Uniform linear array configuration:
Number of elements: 24
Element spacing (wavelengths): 0.25
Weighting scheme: kaiser
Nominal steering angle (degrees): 0
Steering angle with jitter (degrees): -1.68
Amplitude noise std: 0.05
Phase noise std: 0.05

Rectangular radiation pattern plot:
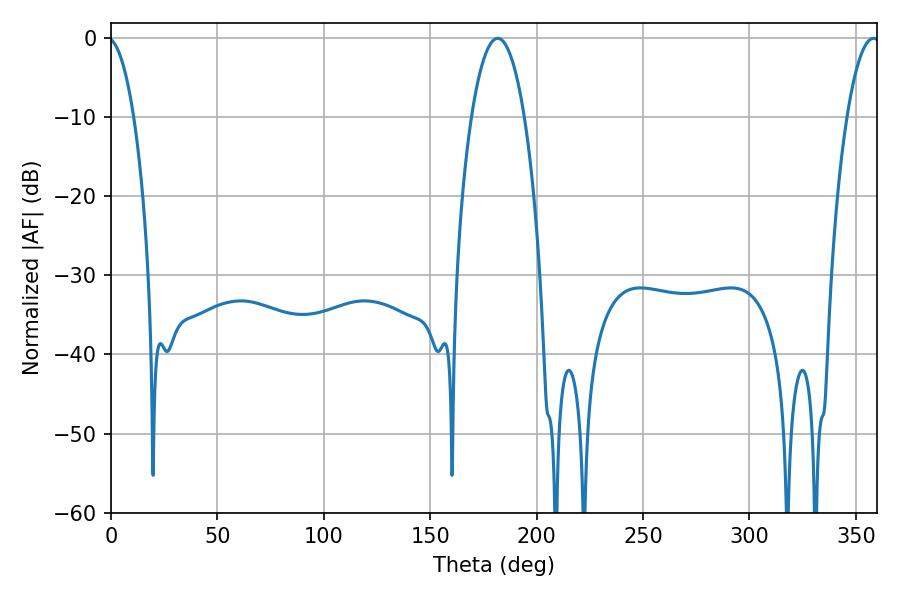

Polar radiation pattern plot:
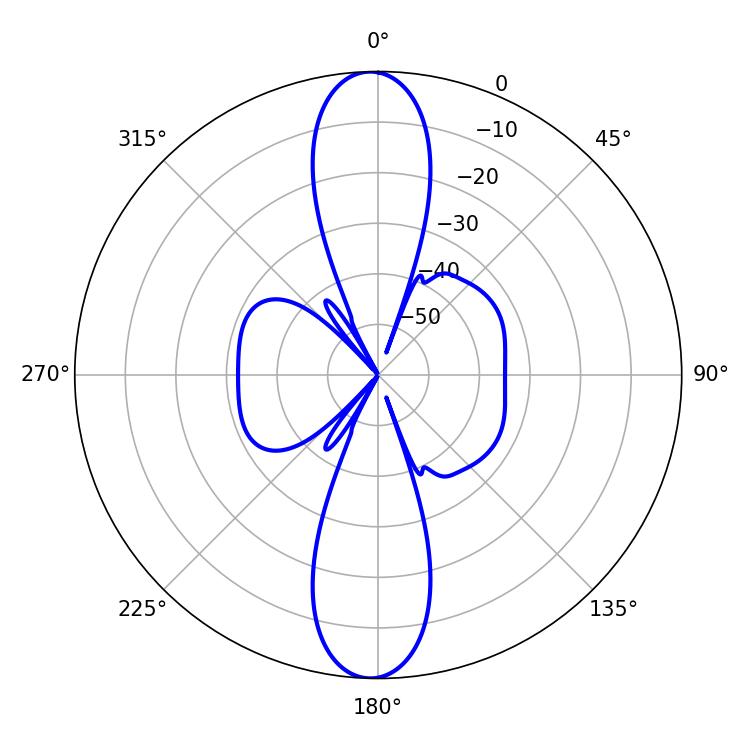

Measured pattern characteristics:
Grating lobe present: FALSE
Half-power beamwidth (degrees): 13.86
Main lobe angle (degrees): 181.62